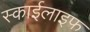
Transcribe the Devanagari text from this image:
स्काईलाइफ